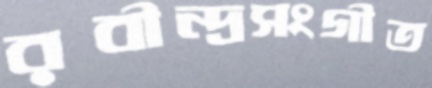
রবীন্দ্রসংগীত